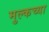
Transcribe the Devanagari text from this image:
मुल्कच्या